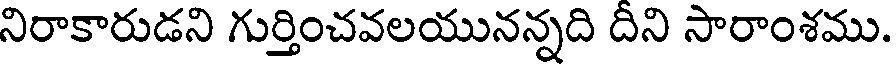
నిరాకారుడని గుర్తించవలయునన్నది దీని సారాంశము.